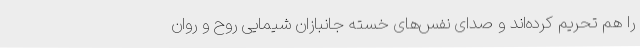
را هم تحریم کرده‌اند و صدای نفس‌های خسته جانبازان شیمایی روح و روان